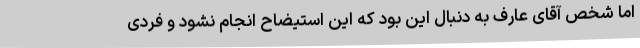
اما شخص آقای عارف به دنبال این بود که این استیضاح انجام نشود و فردی